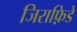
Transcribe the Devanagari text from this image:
जिराफ़िडे